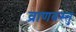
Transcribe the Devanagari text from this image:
व्राणवस्तु